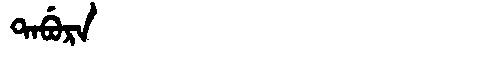
Manchu: ᡨᠠᠪᡠᡵᠠ
Romanization: TABURA